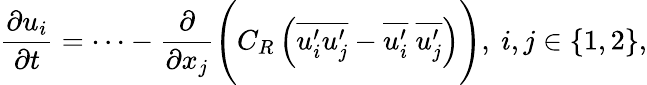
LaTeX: \frac{\partial u_{i}}{\partial t}=\cdots-\frac{\partial}{\partial x_{j}}\Bigg(C_{R}\left(\overline{{u_{i}^{\prime}u_{j}^{\prime}}}-\overline{{u_{i}^{\prime}}}~\overline{{u_{j}^{\prime}}}\right)\Bigg),~i,j\in\{ 1,2\} ,